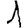
Digit: 1